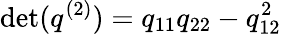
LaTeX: \operatorname*{det}(q^{(2)})=q_{11}q_{22}-q_{12}^{2}